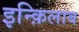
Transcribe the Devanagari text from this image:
इन्क़िलाब